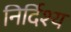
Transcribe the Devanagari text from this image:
निर्दिश्य